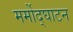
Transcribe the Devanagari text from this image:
मर्मोद्घाटन